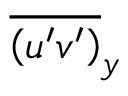
\overline { { \left( u ^ { \prime } v ^ { \prime } \right) } } _ { y }